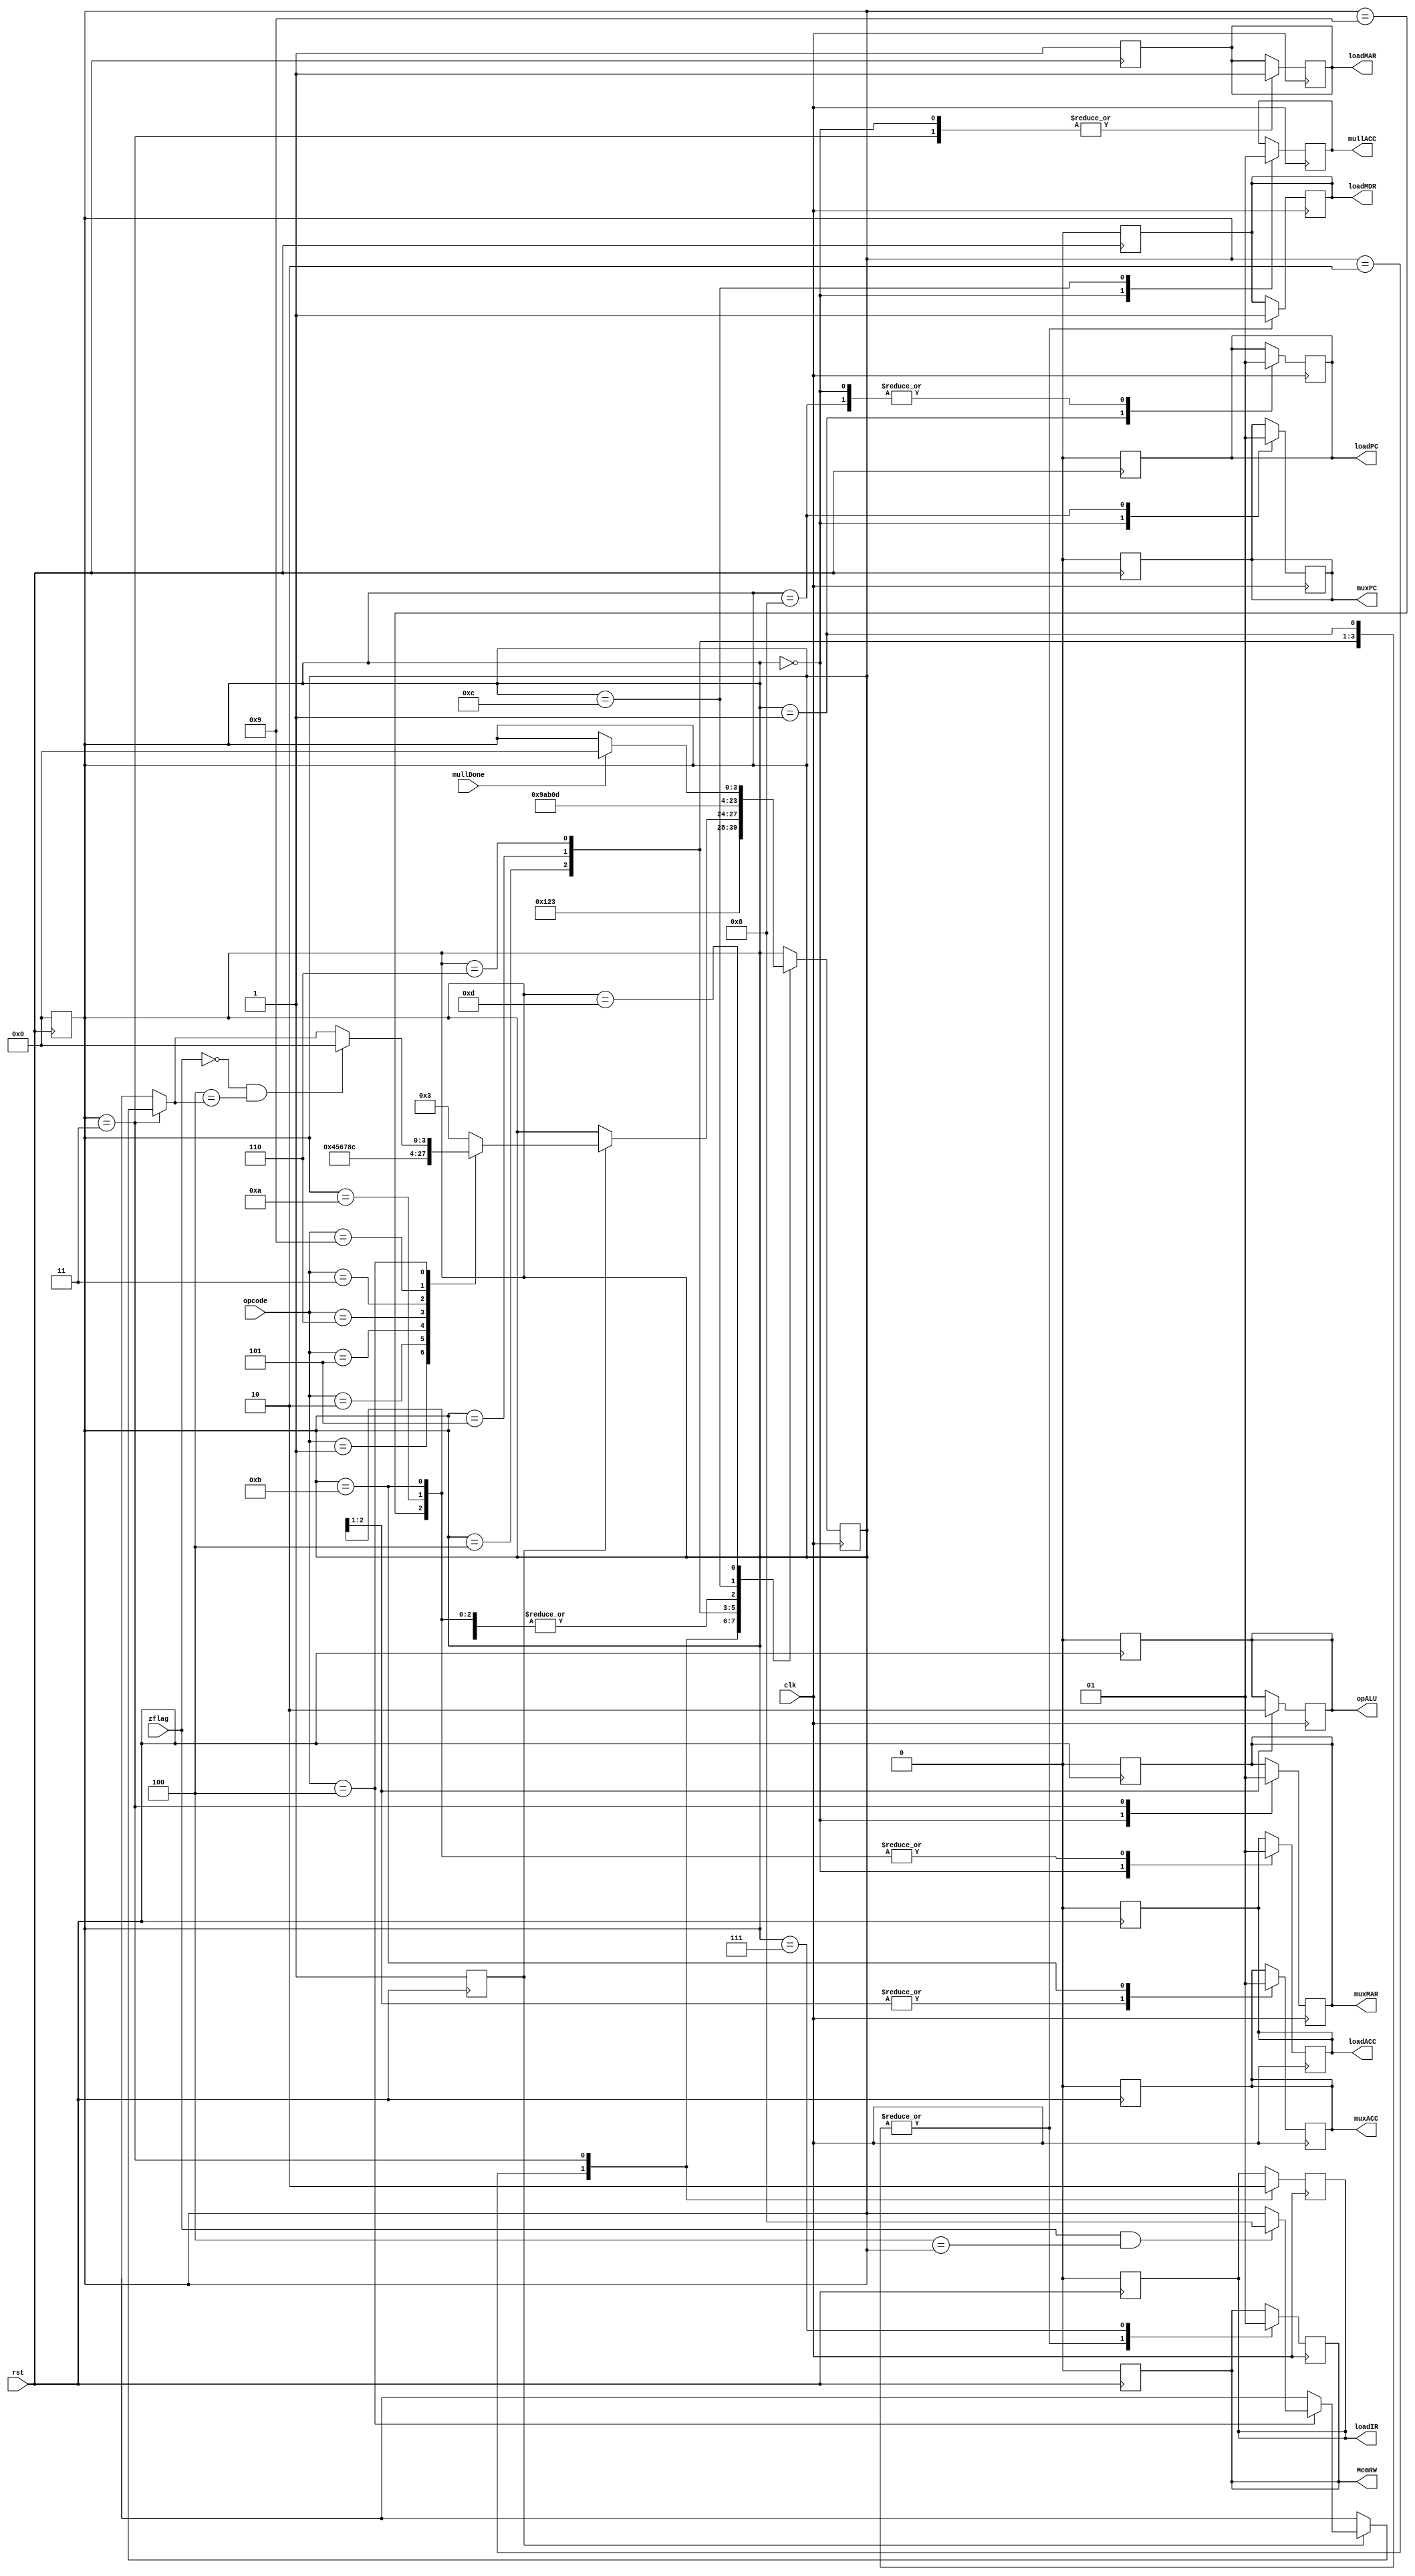
module ctr (
	//inputs
        clk,		//clock
		rst,		//reset
		zflag,		//zflag for jumps
		opcode, 	//tells me what to decode
	//outputs	
		muxPC,
		muxMAR,
		muxACC,
		loadMAR,
		loadPC,
		loadACC,
		loadMDR,
		loadIR,
		opALU,
		MemRW,//memory read/write
		mullACC,
		mullDone
		);	

		input clk;
		input rst;
		input zflag;
		input [7:0]opcode;
		output reg muxPC;
		output reg muxMAR;
		output reg muxACC;
		output reg loadMAR;
		output reg loadPC;
		output reg loadACC;
		output reg loadMDR;
		output reg loadIR;
		output reg opALU;
		output reg MemRW;
		output reg mullACC;
		input mullDone;   
		reg [3:0] reg_state;
		reg state_done;

//These opcode representation need to be followed for proper operation
parameter op_add		=		8'b001;
parameter op_or			= 		8'b010;
parameter op_jump		=		8'b011;
parameter op_jumpz		=		8'b100;
parameter op_load		=		8'b101;
parameter op_store		=		8'b110;
parameter op_mull		=		8'b1001;

//state machine states (ever clk a new reg_state)
parameter Fetch_1 		= 		4'b0000;
parameter Fetch_2 		= 		4'b0001;
parameter Fetch_3 		= 		4'b0010;
parameter Decode 		= 		4'b0011;
parameter ExecAdd_1 	=		4'b0100;
parameter ExecOr_1 		=		4'b0101;
parameter ExecLoad_1	=		4'b0110;
parameter ExecStore_1	=		4'b0111;
parameter ExecJump 		=		4'b1000;
parameter ExecAdd_2 	=		4'b1001;
parameter ExecOr_2 		=		4'b1010;
parameter ExecLoad_2	=		4'b1011;
parameter ExecMull_1	=		4'b1100;
parameter ExecMull_2	=		4'b1101;
always@(posedge rst)
	begin
		state_done=1'b1;
		reg_state=Fetch_1;
		MemRW	=	1'b0;
		loadMDR	=	1'b0;
		loadIR	=	1'b0;
		muxMAR  =	1'b0;	
		muxPC	=	1'b0;
		loadPC	=	1'b0;
		loadMAR	=	1'b1;
		loadACC	=	1'b0;
		muxACC	=	1'b0;
		opALU	=	1'b0;
	end
	
always @(posedge clk)
begin
	case (reg_state)
	
	Fetch_1:
	begin
		reg_state=Fetch_2;
		muxMAR	=	1'b0;
		muxPC	=	1'b0;
		loadPC	=	1'b1;
		loadMAR	=	1'b1;
		loadACC =	1'b0;
		mullACC	=	1'b0;

	end
	
	Fetch_2:
	begin
		reg_state = Fetch_3;
		MemRW 	=	1'b0;
		loadMDR	=	1'b1;
		loadPC	=	1'b0;
	end
	
	Fetch_3:
	begin
		reg_state	=	Decode;
		loadIR	=	1'b1;
	end
	
	Decode:
	begin
		muxMAR	=	1'b1;
		loadMAR	=	1'b1;
		loadIR	=	1'b0;
		if (state_done==1'b1)begin
		case (opcode)
			op_add:
				reg_state	=	ExecAdd_1;
			op_or:
				reg_state	=	ExecOr_1;
 			op_load:
				reg_state	=	ExecLoad_1;
 			op_store:
				reg_state	=	ExecStore_1;
 			op_jump:
				reg_state	=	ExecJump;
			op_mull:
				reg_state	=	ExecMull_1;
 			op_jumpz:begin
				if (zflag & op_jumpz==reg_state)
					reg_state	=	ExecJump;
				if (~zflag& op_jumpz==reg_state)
					reg_state	=	Fetch_1;
				end
			default:	reg_state	=	Decode;
		endcase
		end
	end
	ExecAdd_1:
	begin
		reg_state	=	ExecAdd_2;
		MemRW 	= 	1'b0;
		loadMDR = 	1'b1;
	end
	ExecOr_1:
	begin
		reg_state	=	ExecOr_2;
		MemRW	=	1'b0;
		loadMDR	=	1'b1;
	end
	ExecLoad_1:
	begin
		reg_state	=	ExecLoad_2;
		MemRW	=	1'b0;
		loadMDR	=	1'b1;
	end
	ExecStore_1:
	begin
		reg_state	=	Fetch_1;
		MemRW	=	1'b1;
	end
	ExecJump:
	begin
		reg_state	=	Fetch_1;
		muxPC	=	1'b1;
		loadPC	=	1'b1;
	end
	ExecAdd_2:
	begin
		reg_state	=	Fetch_1;
		loadACC	=	1'b1;
		muxACC	=	1'b0;
		opALU	=	1'b1;
	end
	ExecOr_2:
	begin
		reg_state	=	Fetch_1;
		loadACC	=	1'b1;
		muxACC	=	1'b0;
		opALU	=	1'b0;
	end
	ExecLoad_2:
	begin
		reg_state	=	Fetch_1;
		loadACC	=	1'b1;
		muxACC	=	1'b1;
	end
	ExecMull_1:
	begin
		reg_state	= 	ExecMull_2;
		mullACC	=	1'b1;
	end
	ExecMull_2:
	begin
	if (mullDone)
		reg_state=Fetch_1;
	end
	endcase
	
end
endmodule